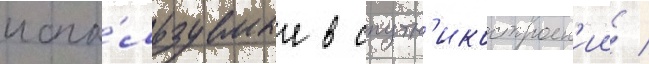
испо́льзуемые в спутн'икостроен'ии /